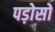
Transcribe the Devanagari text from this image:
पड़ोसों